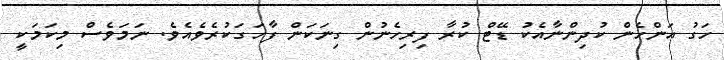
ހަގު އަންހެން ކުދިންނާއެކު ޑޭޓް ކުރާ ފިރިހެނުން ގިނަކަން ފާހަގަކުރެވެއެވެ. ނަމަވެސް މިކަމަކީ